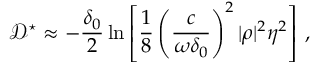
\mathcal { D } ^ { \star } \approx - \frac { \delta _ { 0 } } { 2 } \ln \left[ \frac { 1 } { 8 } \left( \frac { c } { \omega \delta _ { 0 } } \right) ^ { 2 } | \rho | ^ { 2 } \eta ^ { 2 } \right] \, ,